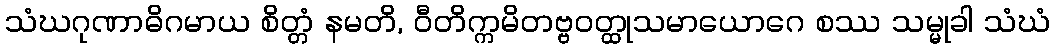
သံဃဂုဏာဓိဂမာယ စိတ္တံ နမတိ, ဝီတိက္ကမိတဗ္ဗဝတ္ထုသမာယောဂေ စဿ သမ္မုခါ သံဃံ